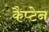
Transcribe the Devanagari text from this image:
कैप्‍टेन